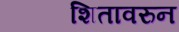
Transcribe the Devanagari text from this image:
शितावरुन